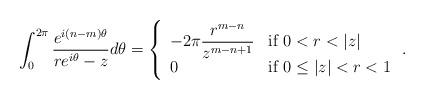
LaTeX: \begin{align*}\int_0^{2\pi} \dfrac{e^{i(n-m)\theta }}{re^{i\theta}-z} d\theta =\left\{ \begin{array}{ll} -2\pi \dfrac{r^{m-n}}{z^{m-n+1}} & \mbox{if } 0<r<|z|\\ 0 & \mbox{if } 0\leq |z|<r<1\end{array}\right..\end{align*}